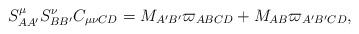
LaTeX: \begin{align*}S_{AA^{\prime }}^{\mu }S_{BB^{\prime }}^{\nu }C_{\mu \nu CD}=M_{A^{\prime}B^{\prime }}\varpi _{ABCD}+M_{AB}\varpi _{A^{\prime }B^{\prime }CD},\end{align*}